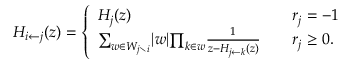
H _ { i \leftarrow j } ( z ) = \left\{ \begin{array} { l l } { H _ { j } ( z ) \quad } & { r _ { j } = - 1 } \\ { { \sum _ { w \in W _ { j \setminus i } } } \vert w \vert { \prod _ { k \in w } } { \frac { 1 } { z - H _ { j \leftarrow k } ( z ) } } \quad } & { r _ { j } \geq 0 . } \end{array} \right.